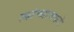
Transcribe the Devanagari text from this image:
त्यांच्याचकडे